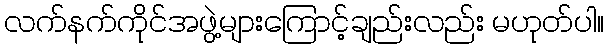
လက်နက်ကိုင်အဖွဲ့များကြောင့်ချည်းလည်း မဟုတ်ပါ။